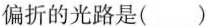
偏折的光路是( )